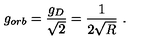
g _ { o r b } = \frac { g _ { D } } { \sqrt { 2 } } = \frac { 1 } { 2 \sqrt { R } } \ .